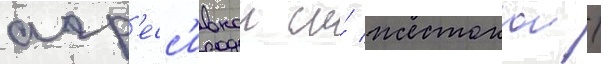
агр'есс'ивнои и́ жестокои /